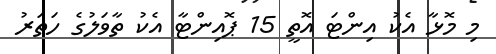
މި މޮޅާ އެކު އިންޓަ އޮތީ 15 ޕޮއިންޓާ އެކު ތާވަލުގެ ހަތަރު